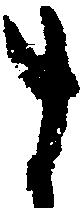
す